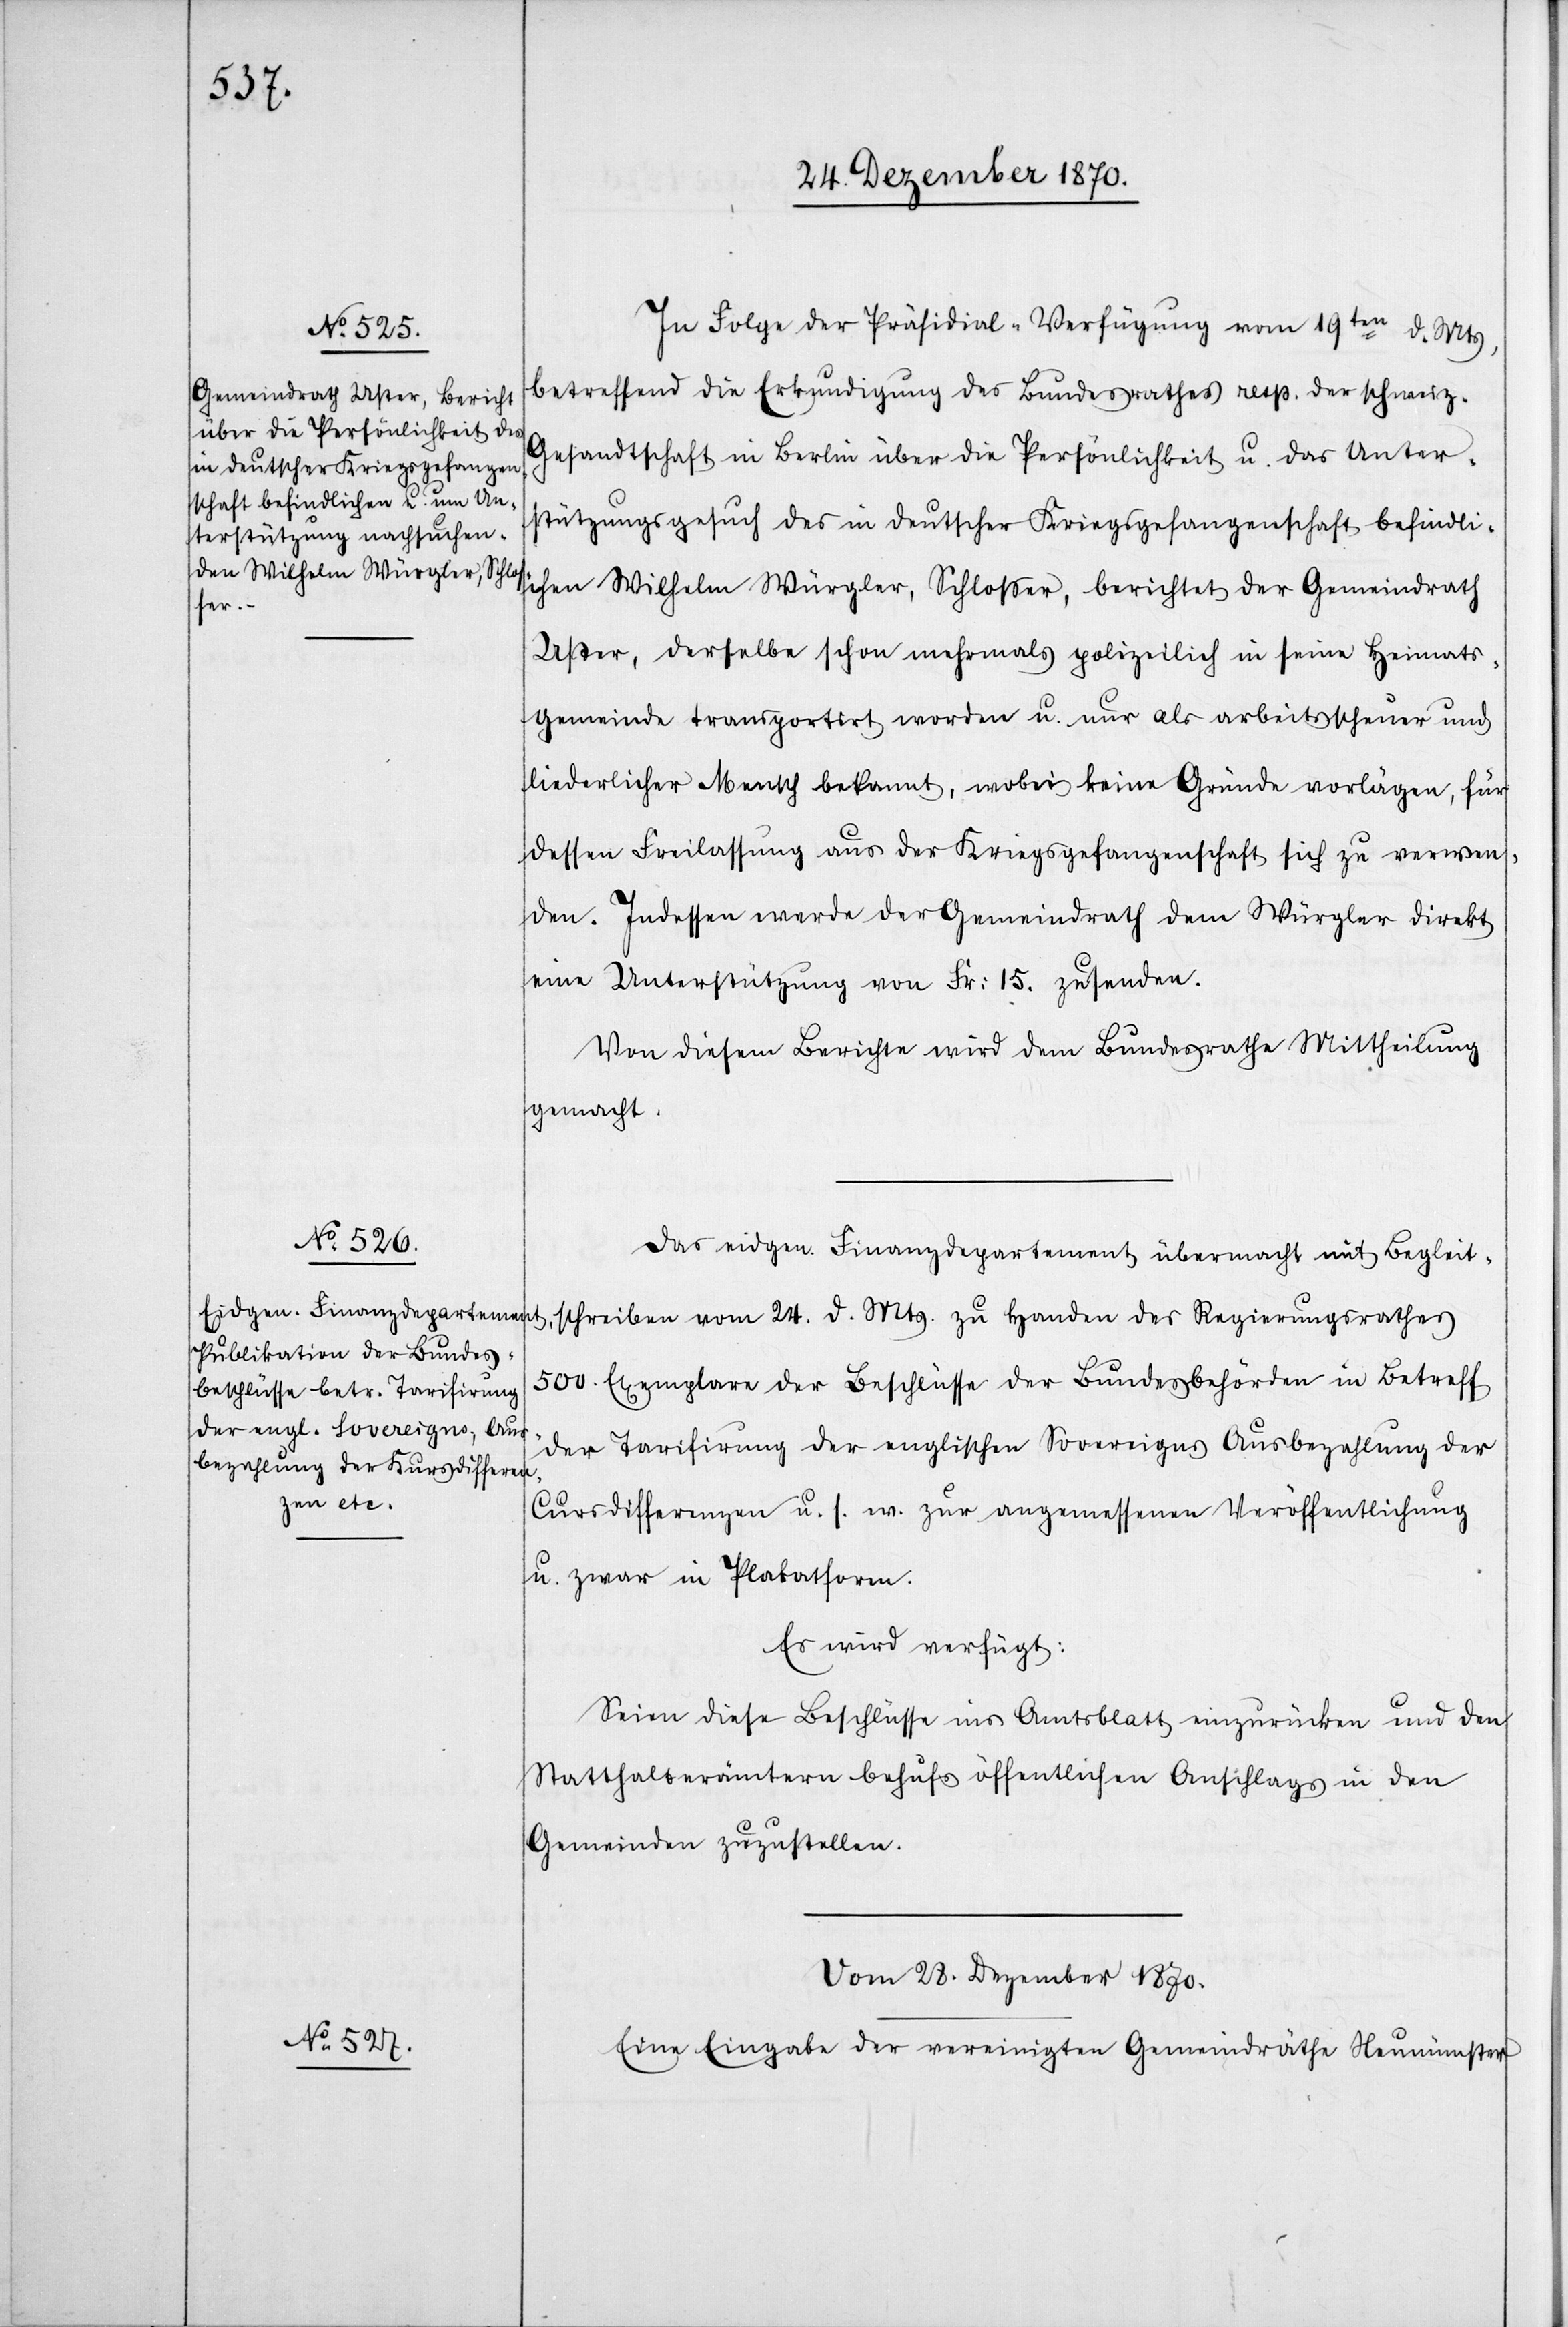
In Folge der Präsidial-Verfügung vom 19ten d. Mts,
betreffend die Erkundigung des Bundesrathes resp. der schweiz.
Gesandtschaft in Berlin über die Persönlichkeit u. das Unter¬
stützungsgesuch des in deutscher Kriegsgefangenschaft befindli¬
chen Wilhelm Würgler, Schlosser, berichtet der Gemeindrath
Uster, derselbe [sei] schon mehrmals polizeilich in seine Heimats¬
gemeinde transportirt worden u. nur als arbeitscheuer Mensch
dessen Freilassung aus der Kriegsgefangenschaft sich zu verwen¬
den. Indessen werde der Gemeindrath dem Würgler direkt
eine Unterstützung von Fr: 15. zusenden.
Von diesem Berichte wird dem Bundesrathe Mittheilung
gemacht.
Das eidgen. Finanzdepartement übermacht mit Begleit¬
schreiben vom 24. d. Mts. zu Handen des Regierungsrathes
500 Exemplare der Beschlüsse der Bundesbehörden in Betreff
der Tarifirung der englischen Sovereigns, Ausbezahlung der
Cursdifferenzen u. s. w. zur angemessenen Veröffentlichung
u. zwar in Plakatform.
Es wird verfügt:
Seien diese Beschlüsse ins Amtsblatt einzurücken und den
Statthalterämtern behufs öffentlichen Anschlags in den
Gemeinden zuzustellen.
Vom 28. Dezember 1870.
Eine Eingabe der vereinigten Gemeindräthe Neumünster